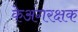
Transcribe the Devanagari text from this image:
केअंगरक्षक